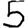
Digit: 5